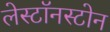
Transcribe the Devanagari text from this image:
लेस्टॉनस्टोन